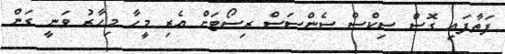
ފަތާފައި ގޮސް ސިކްސް ސެންސަސް ރިސޯޓަށް އެރި މީހާ މިހާރު ވަނީ ގަން